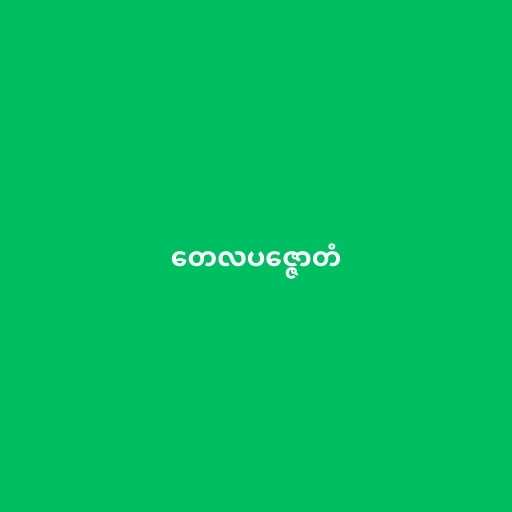
တေလပဇ္ဇောတံ